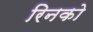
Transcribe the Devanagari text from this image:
रिनको